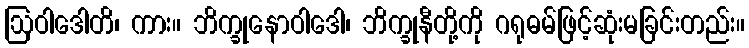
ဩဝါဒေါတိ၊ ကား။ ဘိက္ခုနောဝါဒေါ၊ ဘိက္ခုနီတို့ကို ဂရုဓမ်ဖြင့်ဆုံးမခြင်းတည်း။